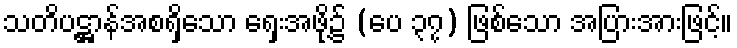
သတိပဋ္ဌာန်အစရှိသော ရှေးအဖို့၌ (ပေ ၃၇) ဖြစ်သော အပြားအားဖြင့်။